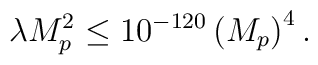
\lambda M_p^2 \leq 10^{-120} \left( M_p\right)^4 .